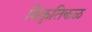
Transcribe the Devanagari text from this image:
विकृतिकळ